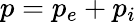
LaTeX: p=p_{e}+p_{i}